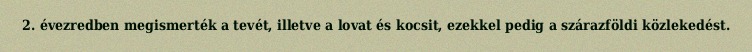
2. évezredben megismerték a tevét, illetve a lovat és kocsit, ezekkel pedig a szárazföldi közlekedést.